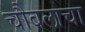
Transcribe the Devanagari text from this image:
चौबलाचा